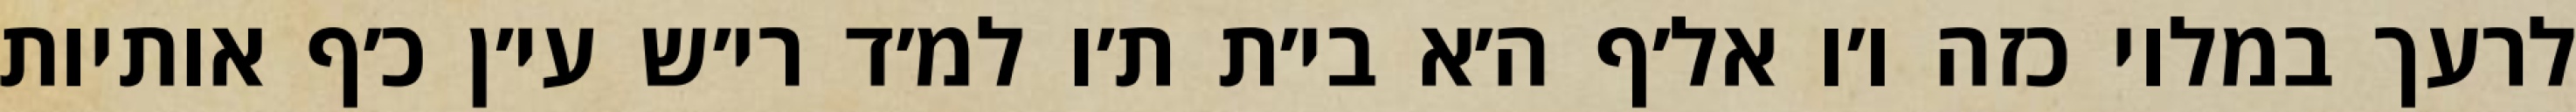
לרעך במלוי כזה ו׳ו אל׳ף ה׳א בי׳ת ת׳ו למ׳ד רי׳ש עי׳ן כ׳ף אותיות